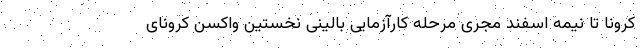
کرونا تا نیمه اسفند مجری مرحله کارآزمایی بالینی نخستین واکسن کرونای